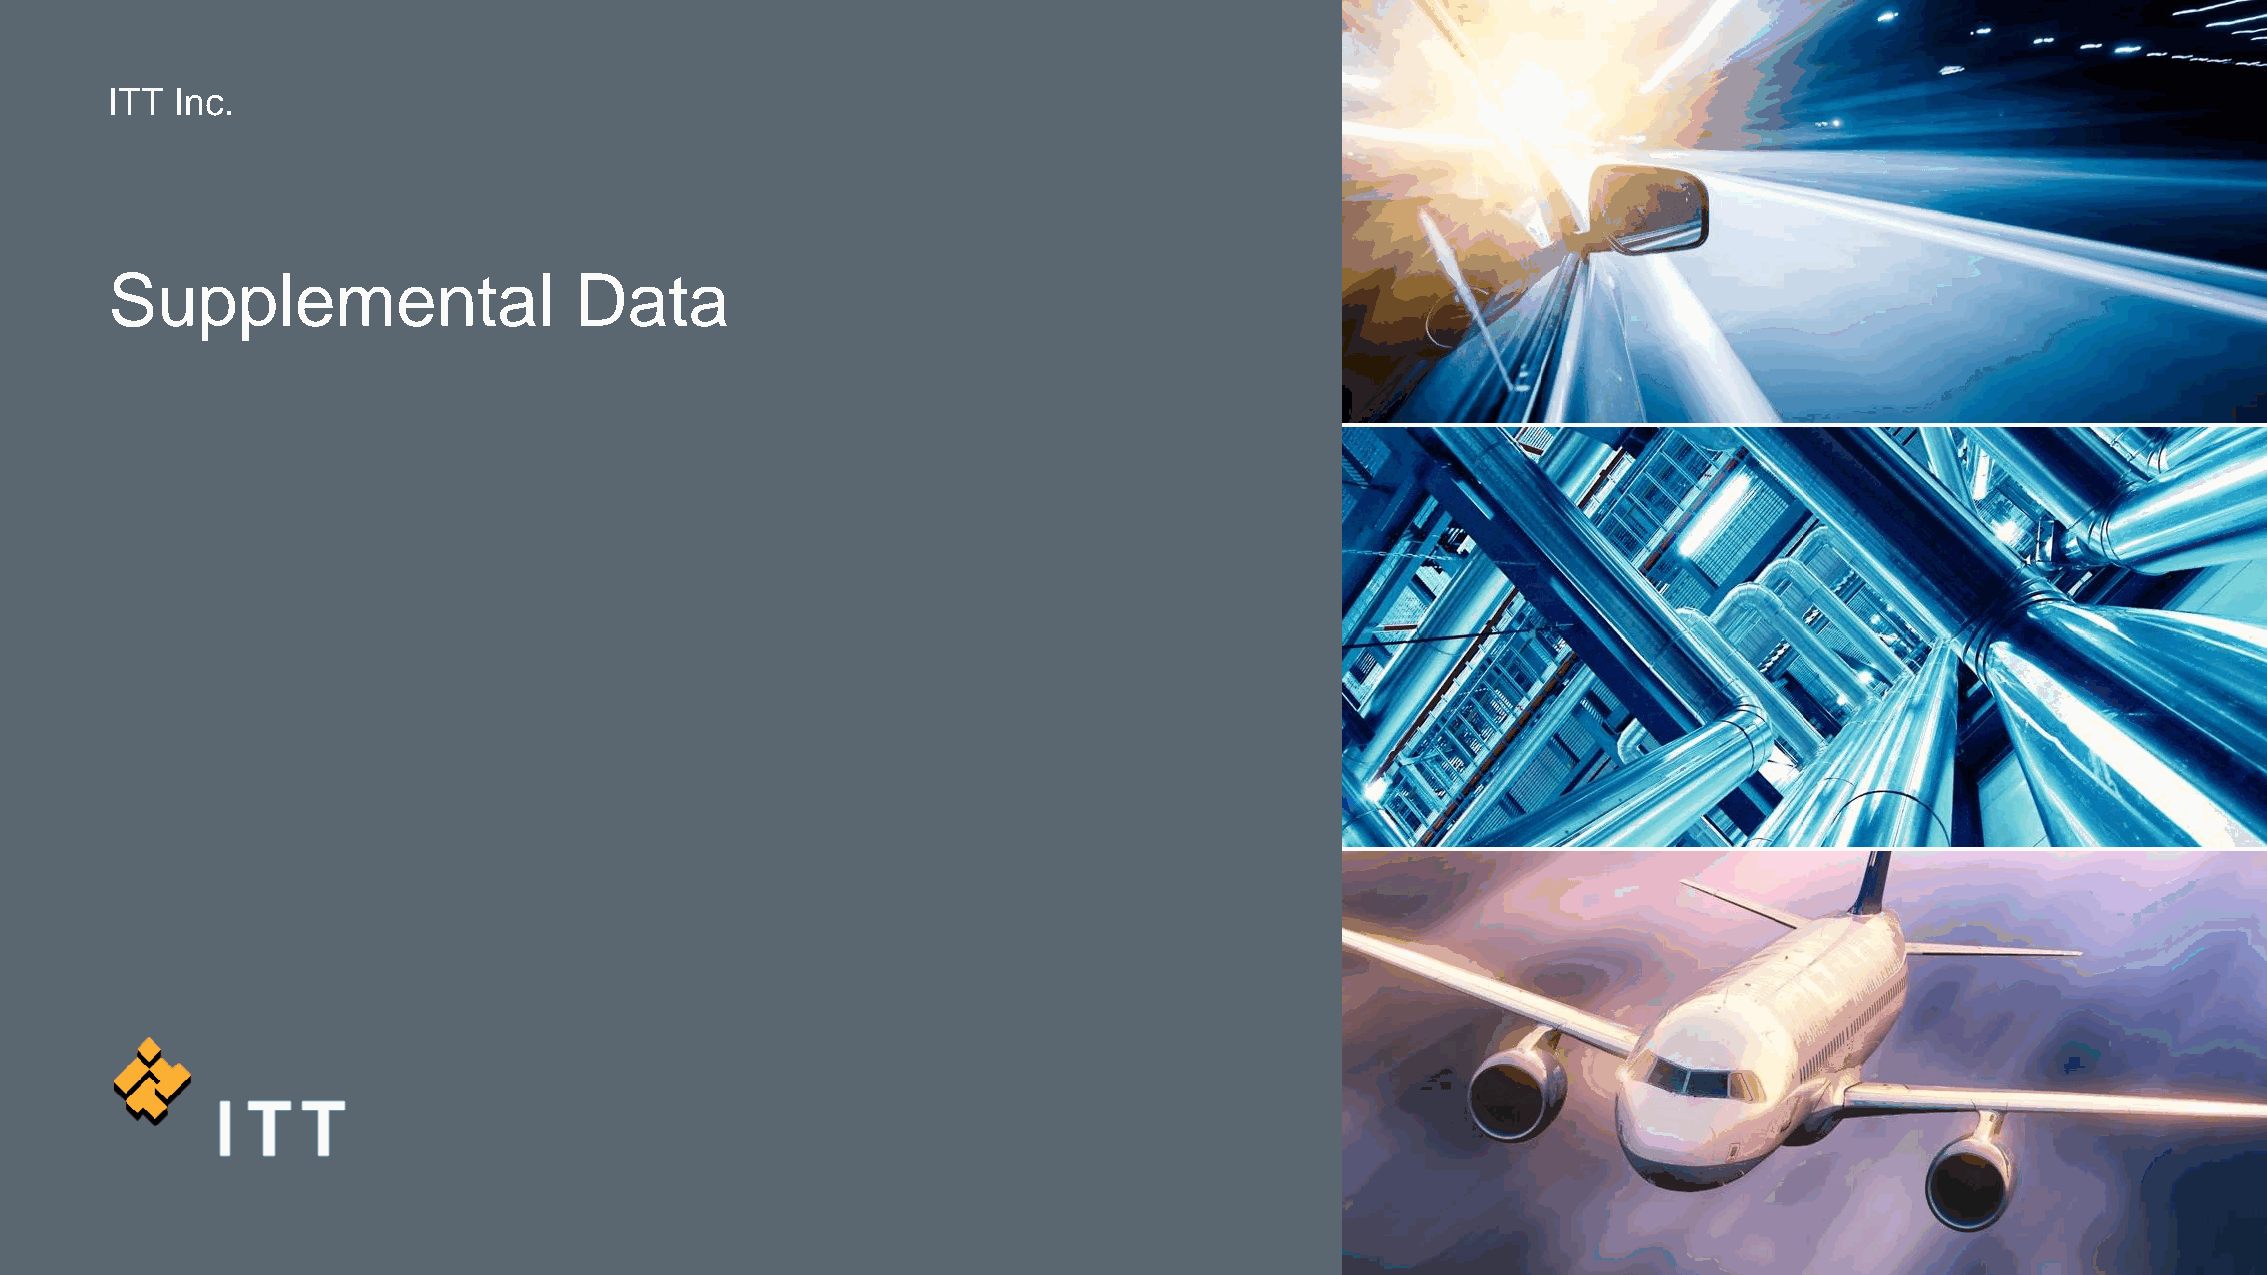
ITT  Inc.
 Supplemental                   Data